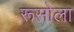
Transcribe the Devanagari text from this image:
रूसोला